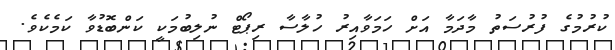
ކުރުމުގެ ފުރުސަތު މާދަމާ އަށް ހަމަވާއިރު ހުލާސާ ރިޕޯޓް ނުލިބުމަކީ ކަންބޮޑުވާ ކަމެކެވެ.